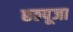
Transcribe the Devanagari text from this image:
छठपूजा